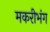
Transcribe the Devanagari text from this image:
मकरीभंग